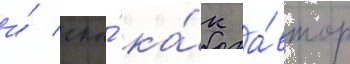
и́ ска́ ка́к а́втор